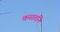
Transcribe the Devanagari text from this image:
कसतनि